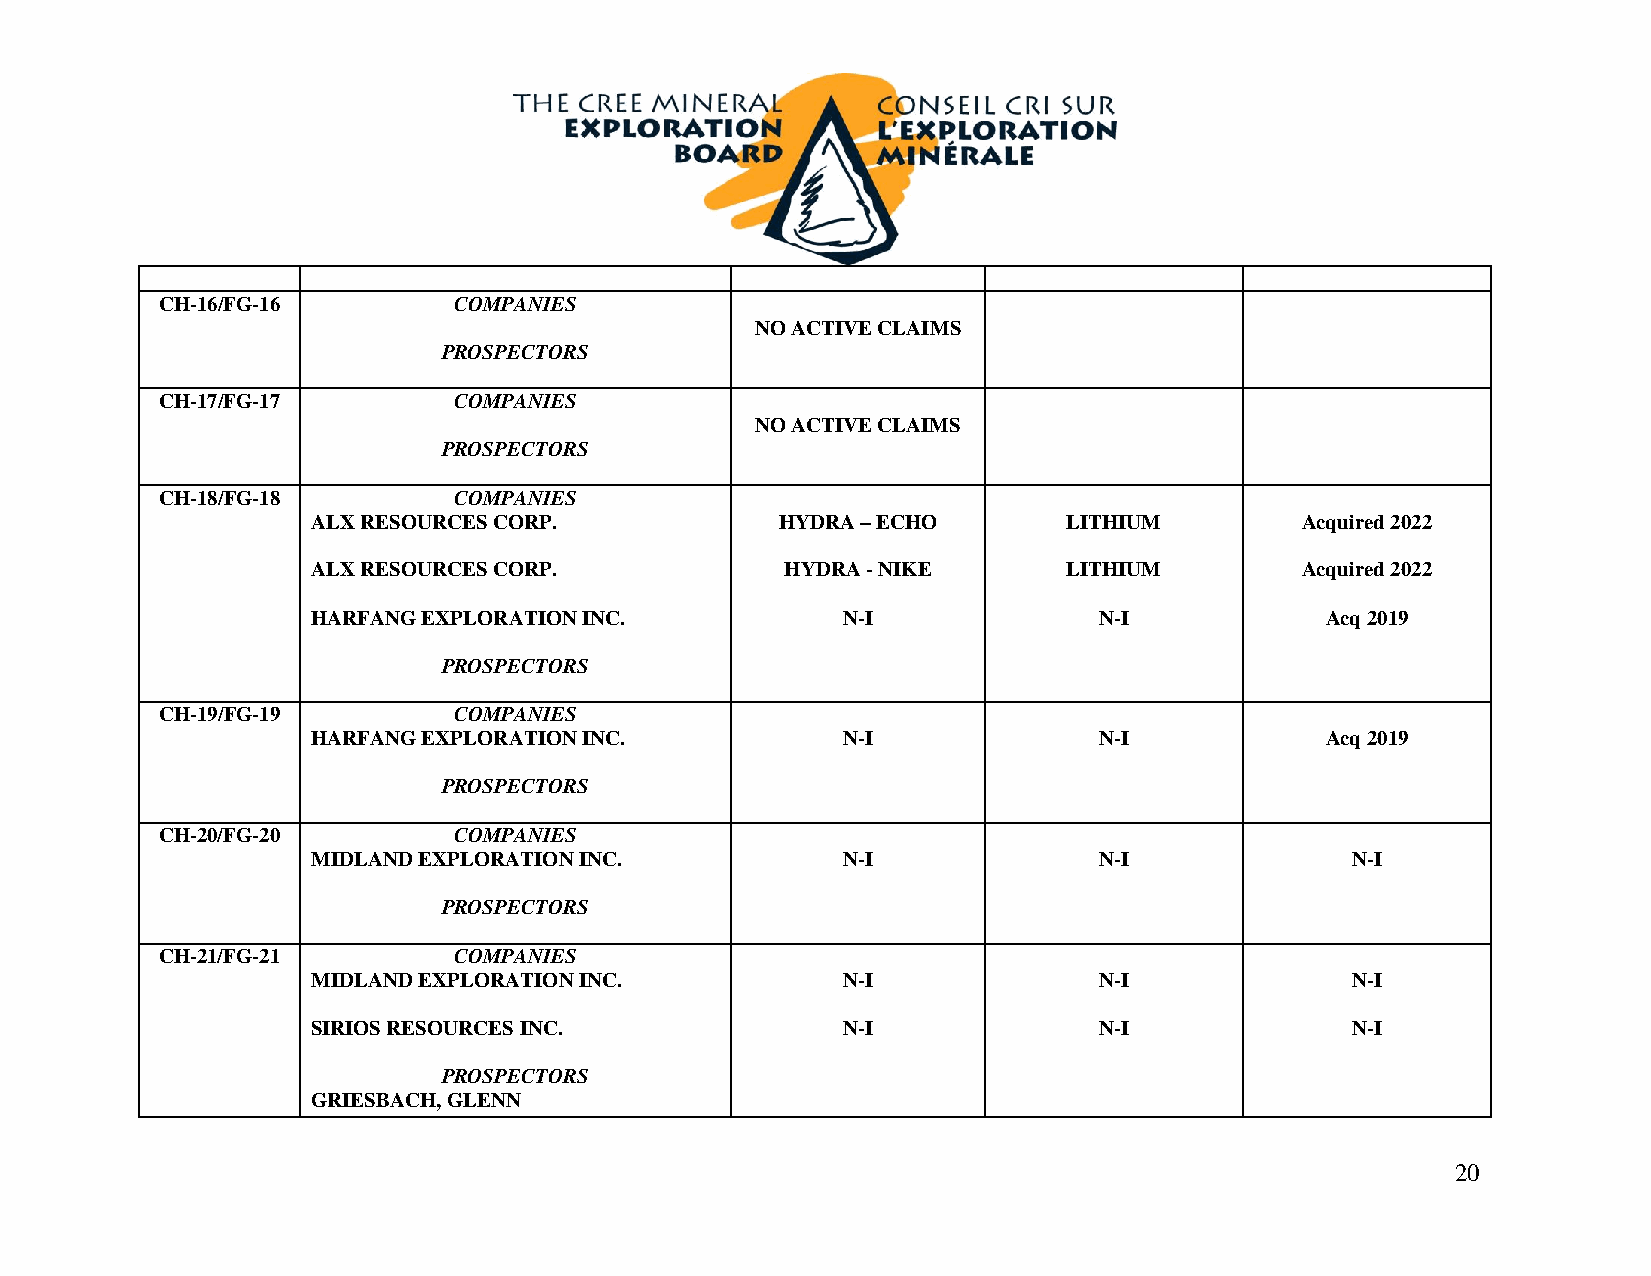
CH-16/FG-16         COMPANIES
 NO ACTIVE CLAIMS
 PROSPECTORS
 CH-17/FG-17         COMPANIES
 NO ACTIVE CLAIMS
 PROSPECTORS
 CH-18/FG-18         COMPANIES
 ALX RESOURCES CORP.            HYDRA – ECHO       LITHIUM        Acquired 2022
 ALX RESOURCES CORP.            HYDRA - NIKE       LITHIUM        Acquired 2022
 HARFANG EXPLORATION INC.           N-I              N-I            Acq 2019
 PROSPECTORS
 CH-19/FG-19         COMPANIES
 HARFANG EXPLORATION INC.           N-I              N-I            Acq 2019
 PROSPECTORS
 CH-20/FG-20         COMPANIES
 MIDLAND EXPLORATION INC.           N-I              N-I             N-I
 PROSPECTORS
 CH-21/FG-21         COMPANIES
 MIDLAND EXPLORATION INC.           N-I              N-I             N-I
 SIRIOS RESOURCES INC.              N-I              N-I             N-I
 PROSPECTORS
 GRIESBACH, GLENN
 20